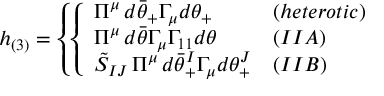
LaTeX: h _ { ( 3 ) } = \left\{ \left\{ \begin{array} { l l } { { \Pi ^ { \mu } \, d \bar { \theta } _ { + } \Gamma _ { \mu } d \theta _ { + } } } & { { ( h e t e r o t i c ) } } \\ { { \Pi ^ { \mu } \, d \bar { \theta } \Gamma _ { \mu } \Gamma _ { 1 1 } d \theta } } & { { ( I I A ) } } \\ { { \tilde { S } _ { I J } \, \Pi ^ { \mu } \, d \bar { \theta } _ { + } ^ { I } \Gamma _ { \mu } d \theta _ { + } ^ { J } } } & { { ( I I B ) } } \end{array} \right. \right.